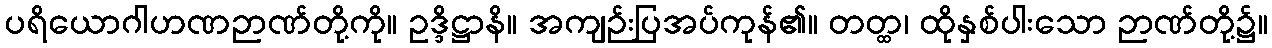
ပရိယောဂါဟဏဉာဏ်တို့ကို။ ဥဒ္ဒိဋ္ဌာနိ။ အကျဉ်းပြအပ်ကုန်၏။ တတ္ထ၊ ထိုနှစ်ပါးသော ဉာဏ်တို့၌။